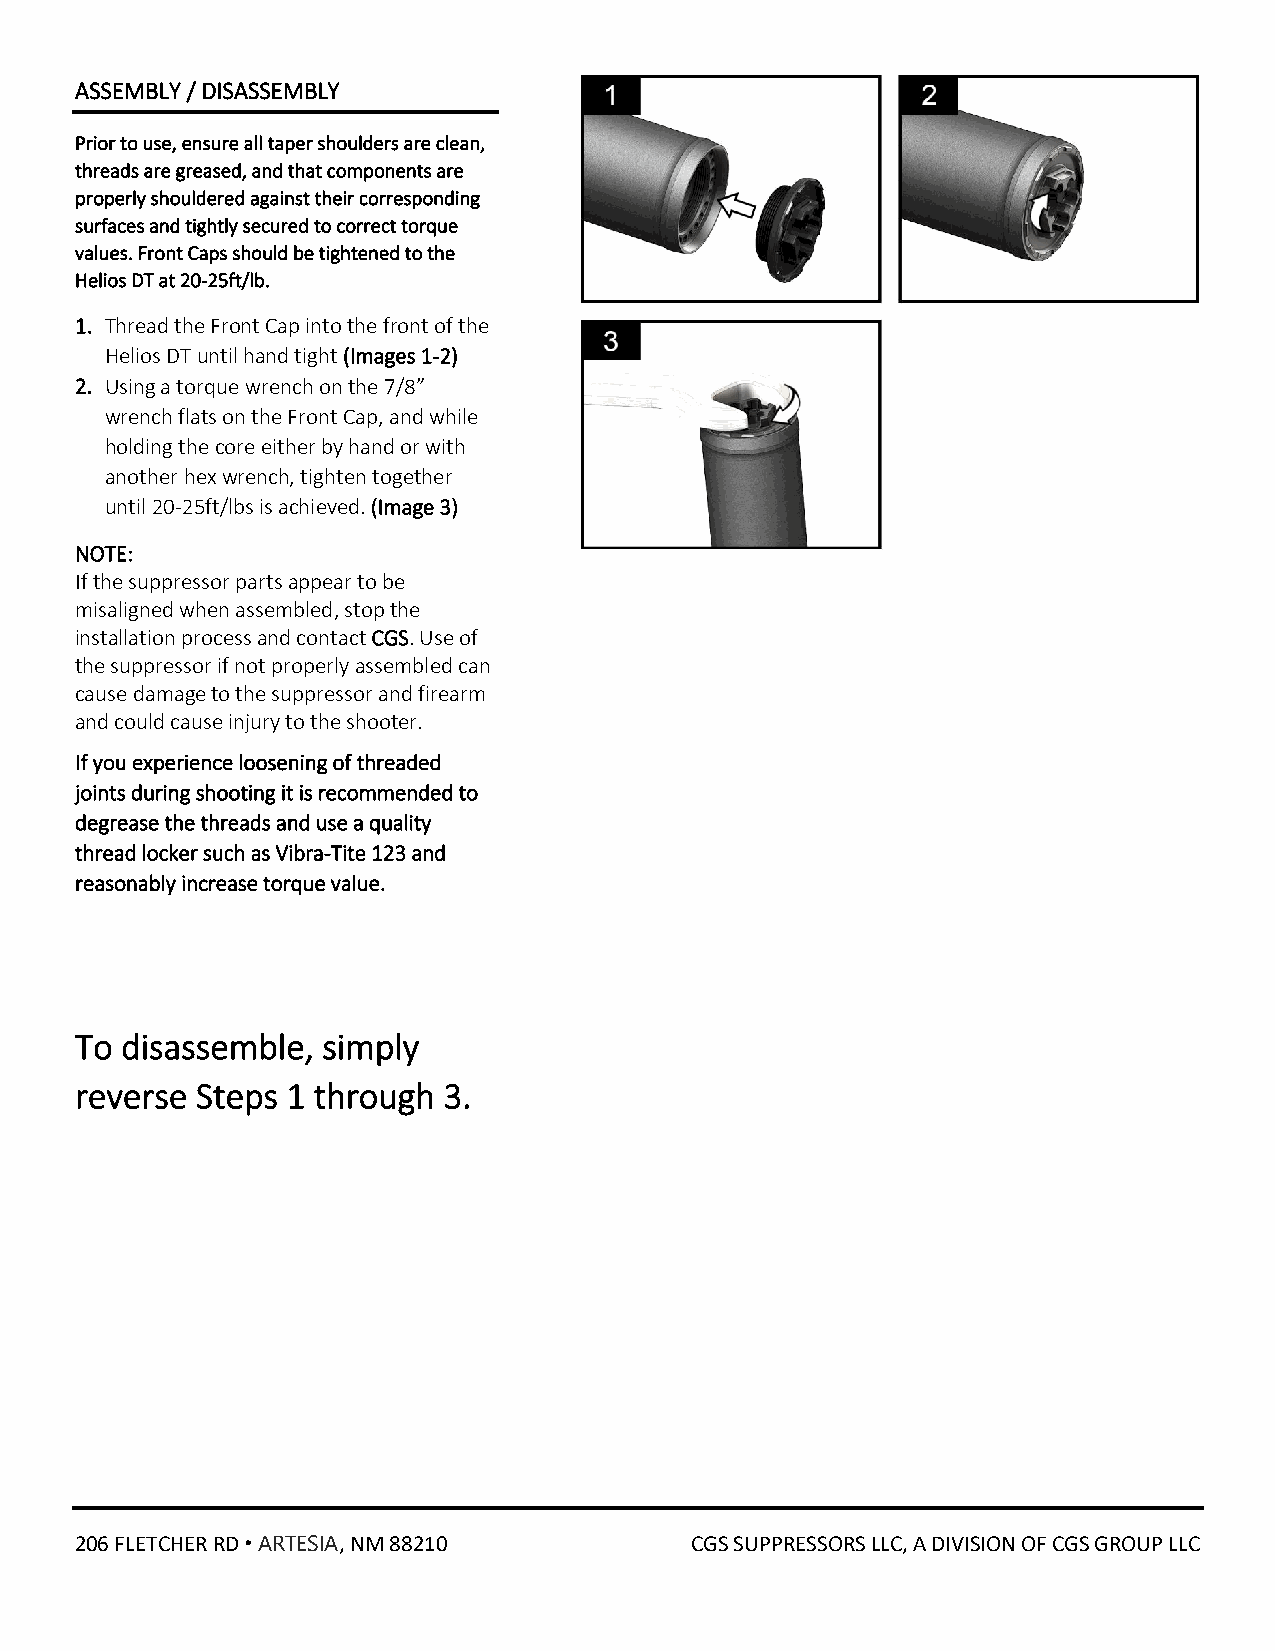
ASSEMBLY / DISASSEMBLY
 Prior to use, ensure all taper shoulders are clean,
 threads are greased, and that components are
 properly shouldered against their corresponding
 surfaces and tightly secured to correct torque
 values. Front Caps should be tightened to the
 Helios DT at 20-25ft/lb.
 1. Thread the Front Cap into the front of the
 Helios DT until hand tight (Images 1-2)
 2. Using a torque wrench on the 7/8”
 wrench flats on the Front Cap, and while
 holding the core either by hand or with
 another hex wrench, tighten together
 until 20-25ft/lbs is achieved. (Image 3)
 NOTE:
 If the suppressor parts appear to be
 misaligned when assembled, stop the
 installation process and contact CGS. Use of
 the suppressor if not properly assembled can
 cause damage to the suppressor and firearm
 and could cause injury to the shooter.
 If you experience loosening of threaded
 joints during shooting it is recommended to
 degrease the threads and use a quality
 thread locker such as Vibra-Tite 123 and
 reasonably increase torque value.
 To disassemble, simply
 reverse Steps 1 through 3.
 206 FLETCHER RD ᛫ ARTESIA, NM 88210      CGS SUPPRESSORS LLC, A DIVISION OF CGS GROUP LLC